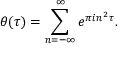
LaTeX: \theta ( \tau ) = \sum _ { n = - \infty } ^ { \infty } e ^ { \pi i n ^ { 2 } \tau } .